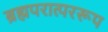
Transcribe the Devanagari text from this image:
ब्रह्मपरात्पररूप